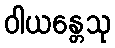
ဝါယန္တေသု